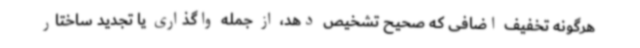
هرگونه تخفیف اضافی که صحیح تشخیص دهد، از جمله واگذاری یا تجدید ساختار